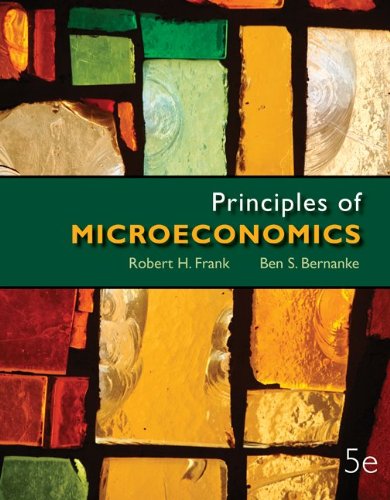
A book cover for Principles of Microeconomics (McGraw-Hill Series in Economics); Robert Frank; Business & Money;